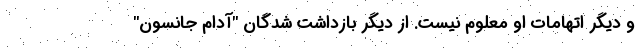
و دیگر اتهامات او معلوم نیست. از دیگر بازداشت شدگان "آدام جانسون"